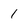
Character: 1